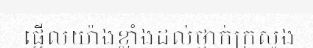
ផ្អើលយ៉ាងខ្លាំងដល់ថ្នាក់ក្រសួង